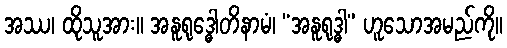
အဿ၊ ထိုသူအား။ အနူရုဒ္ဓေါတိနာမံ၊ “အနူရုဒ္ဓါ” ဟူသောအမည်ကို။